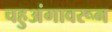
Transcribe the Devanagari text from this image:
चहुअंगावरून